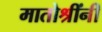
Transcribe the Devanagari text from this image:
मातोश्रींनी